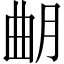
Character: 𣌴